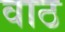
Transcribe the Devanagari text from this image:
वाठ